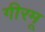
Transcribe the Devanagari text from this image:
गीरमू